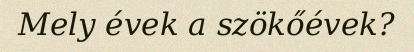
Mely évek a szökőévek?